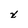
Character: x